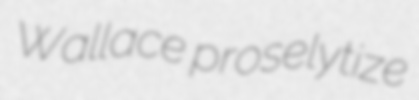
Wallace proselytize